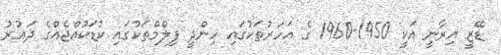
ޑޭޒީ އިރާނީ އަކީ 1950-1960 ގެ އަހަރުތަކުގައި ހިންދީ ފިލްމްތަކުގައި ކުޑަކުއްޖެއްގެ ދައުރު